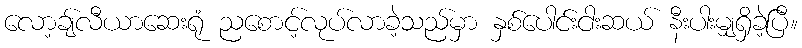
လော့ချ်လီယာဆေးရုံ ညစောင့်လုပ်လာခဲ့သည်မှာ နှစ်ပေါင်းငါးဆယ် နီးပါးမျှရှိခဲ့ပြီ။